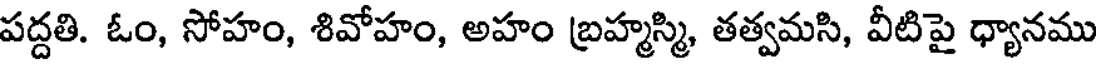
పద్దతి. ఓం, సోహం, శివోహం, అహం బ్రహ్మస్మి, తత్వమసి, వీటిపై ధ్యానము